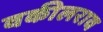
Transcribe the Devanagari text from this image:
वकीलराव